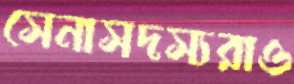
সেনাসদস্যরাও